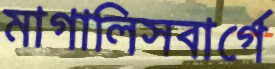
মাগালিসবার্গে